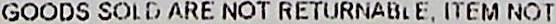
GOODS SOLD ARE NOT RETURNABLE, ITEM NOT